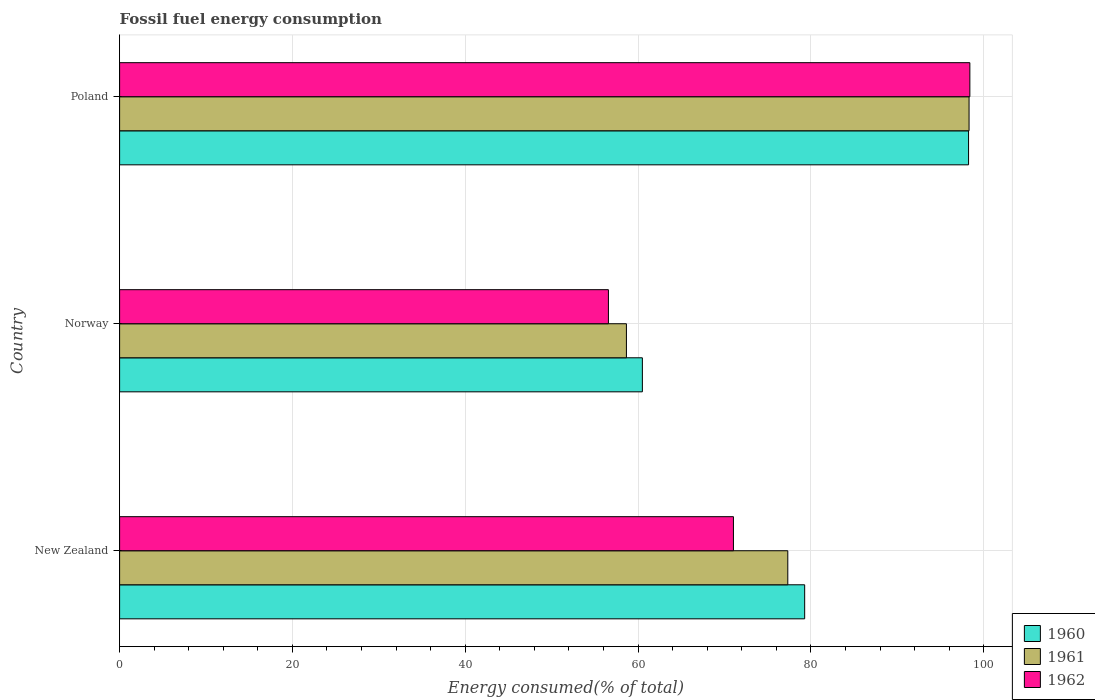
| Country | 1960 | 1961 | 1962 |
 | --- | --- | --- | --- |
 | New Zealand | 79.3 | 77.3 | 71 |
 | Norway | 60.5 | 58.7 | 56.6 |
 | Poland | 98.2 | 98.3 | 98.4 |